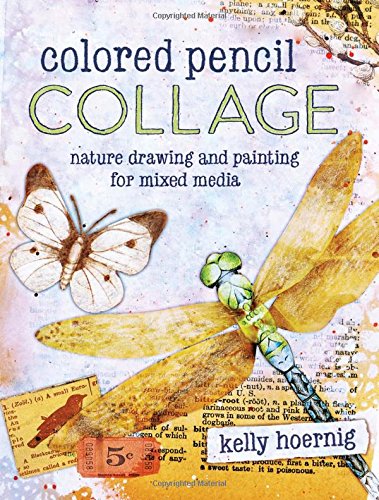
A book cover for Colored Pencil Collage: Nature Drawing and Painting for Mixed Media; Kelly Hoernig; Crafts, Hobbies & Home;